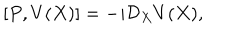
[ P , V ( X ) ] = - i \mathcal { D } _ { X } V ( X ) ,